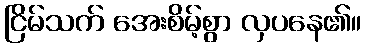
ငြိမ်သက် အေးစိမ့်စွာ လှပနေ၏။